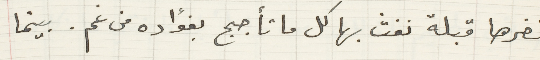
ثغرها قبلة نفث بها كل ما تأجج بفؤاده من غم. بينما